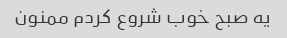
یه صبح خوب شروع کردم ممنون